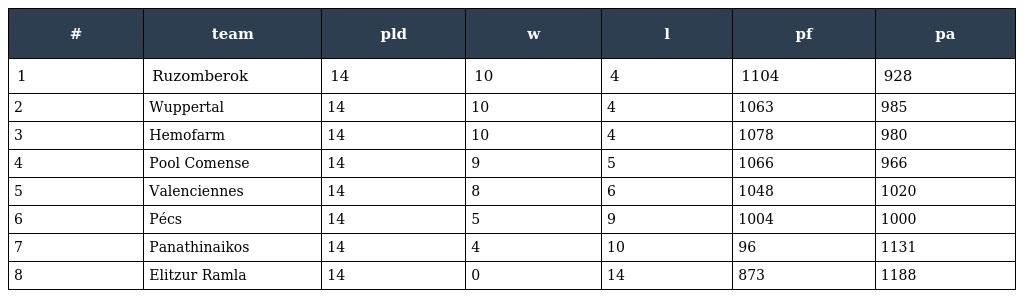
| # | team | pld | w | l | pf | pa |
 | --- | --- | --- | --- | --- | --- | --- |
 | 1 | Ruzomberok | 14 | 10 | 4 | 1104 | 928 |
 | 2 | Wuppertal | 14 | 10 | 4 | 1063 | 985 |
 | 3 | Hemofarm | 14 | 10 | 4 | 1078 | 980 |
 | 4 | Pool Comense | 14 | 9 | 5 | 1066 | 966 |
 | 5 | Valenciennes | 14 | 8 | 6 | 1048 | 1020 |
 | 6 | Pécs | 14 | 5 | 9 | 1004 | 1000 |
 | 7 | Panathinaikos | 14 | 4 | 10 | 96 | 1131 |
 | 8 | Elitzur Ramla | 14 | 0 | 14 | 873 | 1188 |